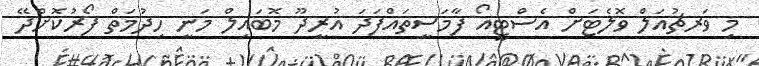
މި ވަރޗުއަލް ވޮލެޓަށް އެސްޓީއޯ ފާމަސީތައްފަދަ އުރީދޫ މޮބައިލް މަނީ ހިދުމަތް ފޯރުކޮށްދޭ